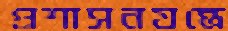
প্রশাসনযন্ত্রে